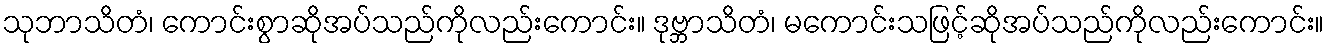
သုဘာသိတံ၊ ကောင်းစွာဆိုအပ်သည်ကိုလည်းကောင်း။ ဒုဗ္ဘာသိတံ၊ မကောင်းသဖြင့်ဆိုအပ်သည်ကိုလည်းကောင်း။